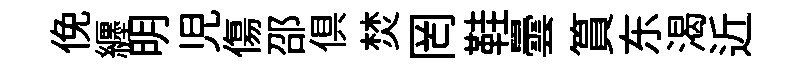
俛纒明児傷邵俱焚罔鞋曇篔东渴近